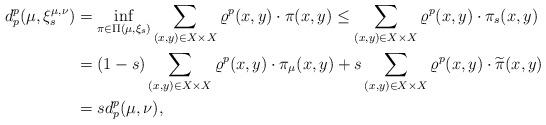
LaTeX: \begin{align*} d_p^p(\mu,\xi_s^{\mu,\nu})&=\inf_{\pi\in\Pi(\mu,\xi_s)}\sum_{(x,y)\in X\times X}\varrho^p(x,y)\cdot\pi(x,y)\leq\sum_{(x,y)\in X\times X}\varrho^p(x,y)\cdot\pi_s(x,y)\\ &=(1-s)\sum_{(x,y)\in X\times X}\varrho^p(x,y)\cdot\pi_{\mu}(x,y)+s\sum_{(x,y)\in X\times X}\varrho^p(x,y)\cdot\widetilde{\pi}(x,y)\\ &=s d_p^p(\mu,\nu),\end{align*}